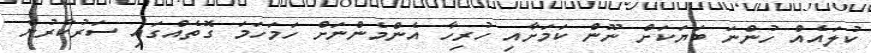
ކުލައެއް ހުންނަ ބަޔަކަށް ނޫން ކަމަށާއި ހުރިހާ އެންމެންނަށް ހަމަހަމަ ގޮތެއްގައި ސަރުކާރުން